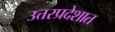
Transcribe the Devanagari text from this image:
उत्तरप्रदेशात